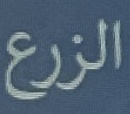
الزرع